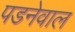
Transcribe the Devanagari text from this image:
पडनेवाल